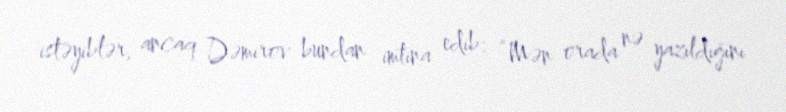
istəyiblər, ancaq Dəmirov bundan imtina edib: “Mən orada nə yazıldığını